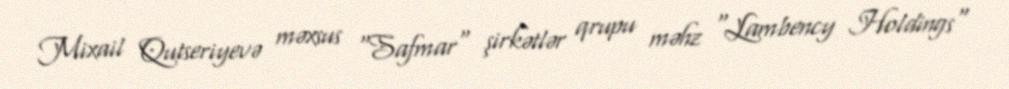
Mixail Qutseriyevə məxsus "Safmar" şirkətlər qrupu məhz "Lambency Holdings"